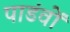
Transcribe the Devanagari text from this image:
पाडंवों